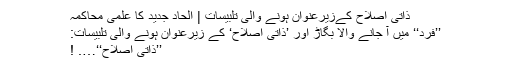
ذاتی اصلاح کےزیرعنوان ہونے والی تلبیسات | الحاد جدید کا علمی محاکمہ
’’فرد‘‘ میں آ جانے والا بگاڑ اور ’ذاتی اصلاح‘ کے زیرعنوان ہونے والی تلبیسات:
’’ذاتی اصلاح‘‘…. !